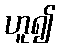
ဟူ၍